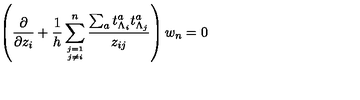
\left( { \frac { \partial } { \partial z _ { i } } } + { \frac { 1 } { h } } \sum _ { j = 1 \atop j \not = i } ^ { n } { \frac { \sum _ { a } t _ { \Lambda _ { i } } ^ { a } t _ { \Lambda _ { j } } ^ { a } } { z _ { i j } } } \right) w _ { n } = 0 \